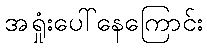
အရှုံးပေါ်နေကြောင်း